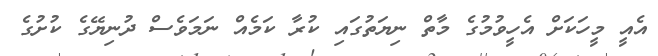
އެއީ މީހަކަށް އެހީވުމުގެ މާތް ނިޔަތުގައި ކުރާ ކަމެއް ނަމަވެސް ދުނިޔޭގެ ކުށުގެ